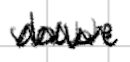
Text: double
Cross-out: mix
Writing tool: digital_black